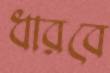
ধারবে